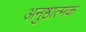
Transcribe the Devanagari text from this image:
अनुष्ठात्मक